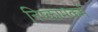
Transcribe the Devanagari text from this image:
निष्कामकर्म